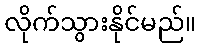
လိုက်သွားနိုင်မည်။